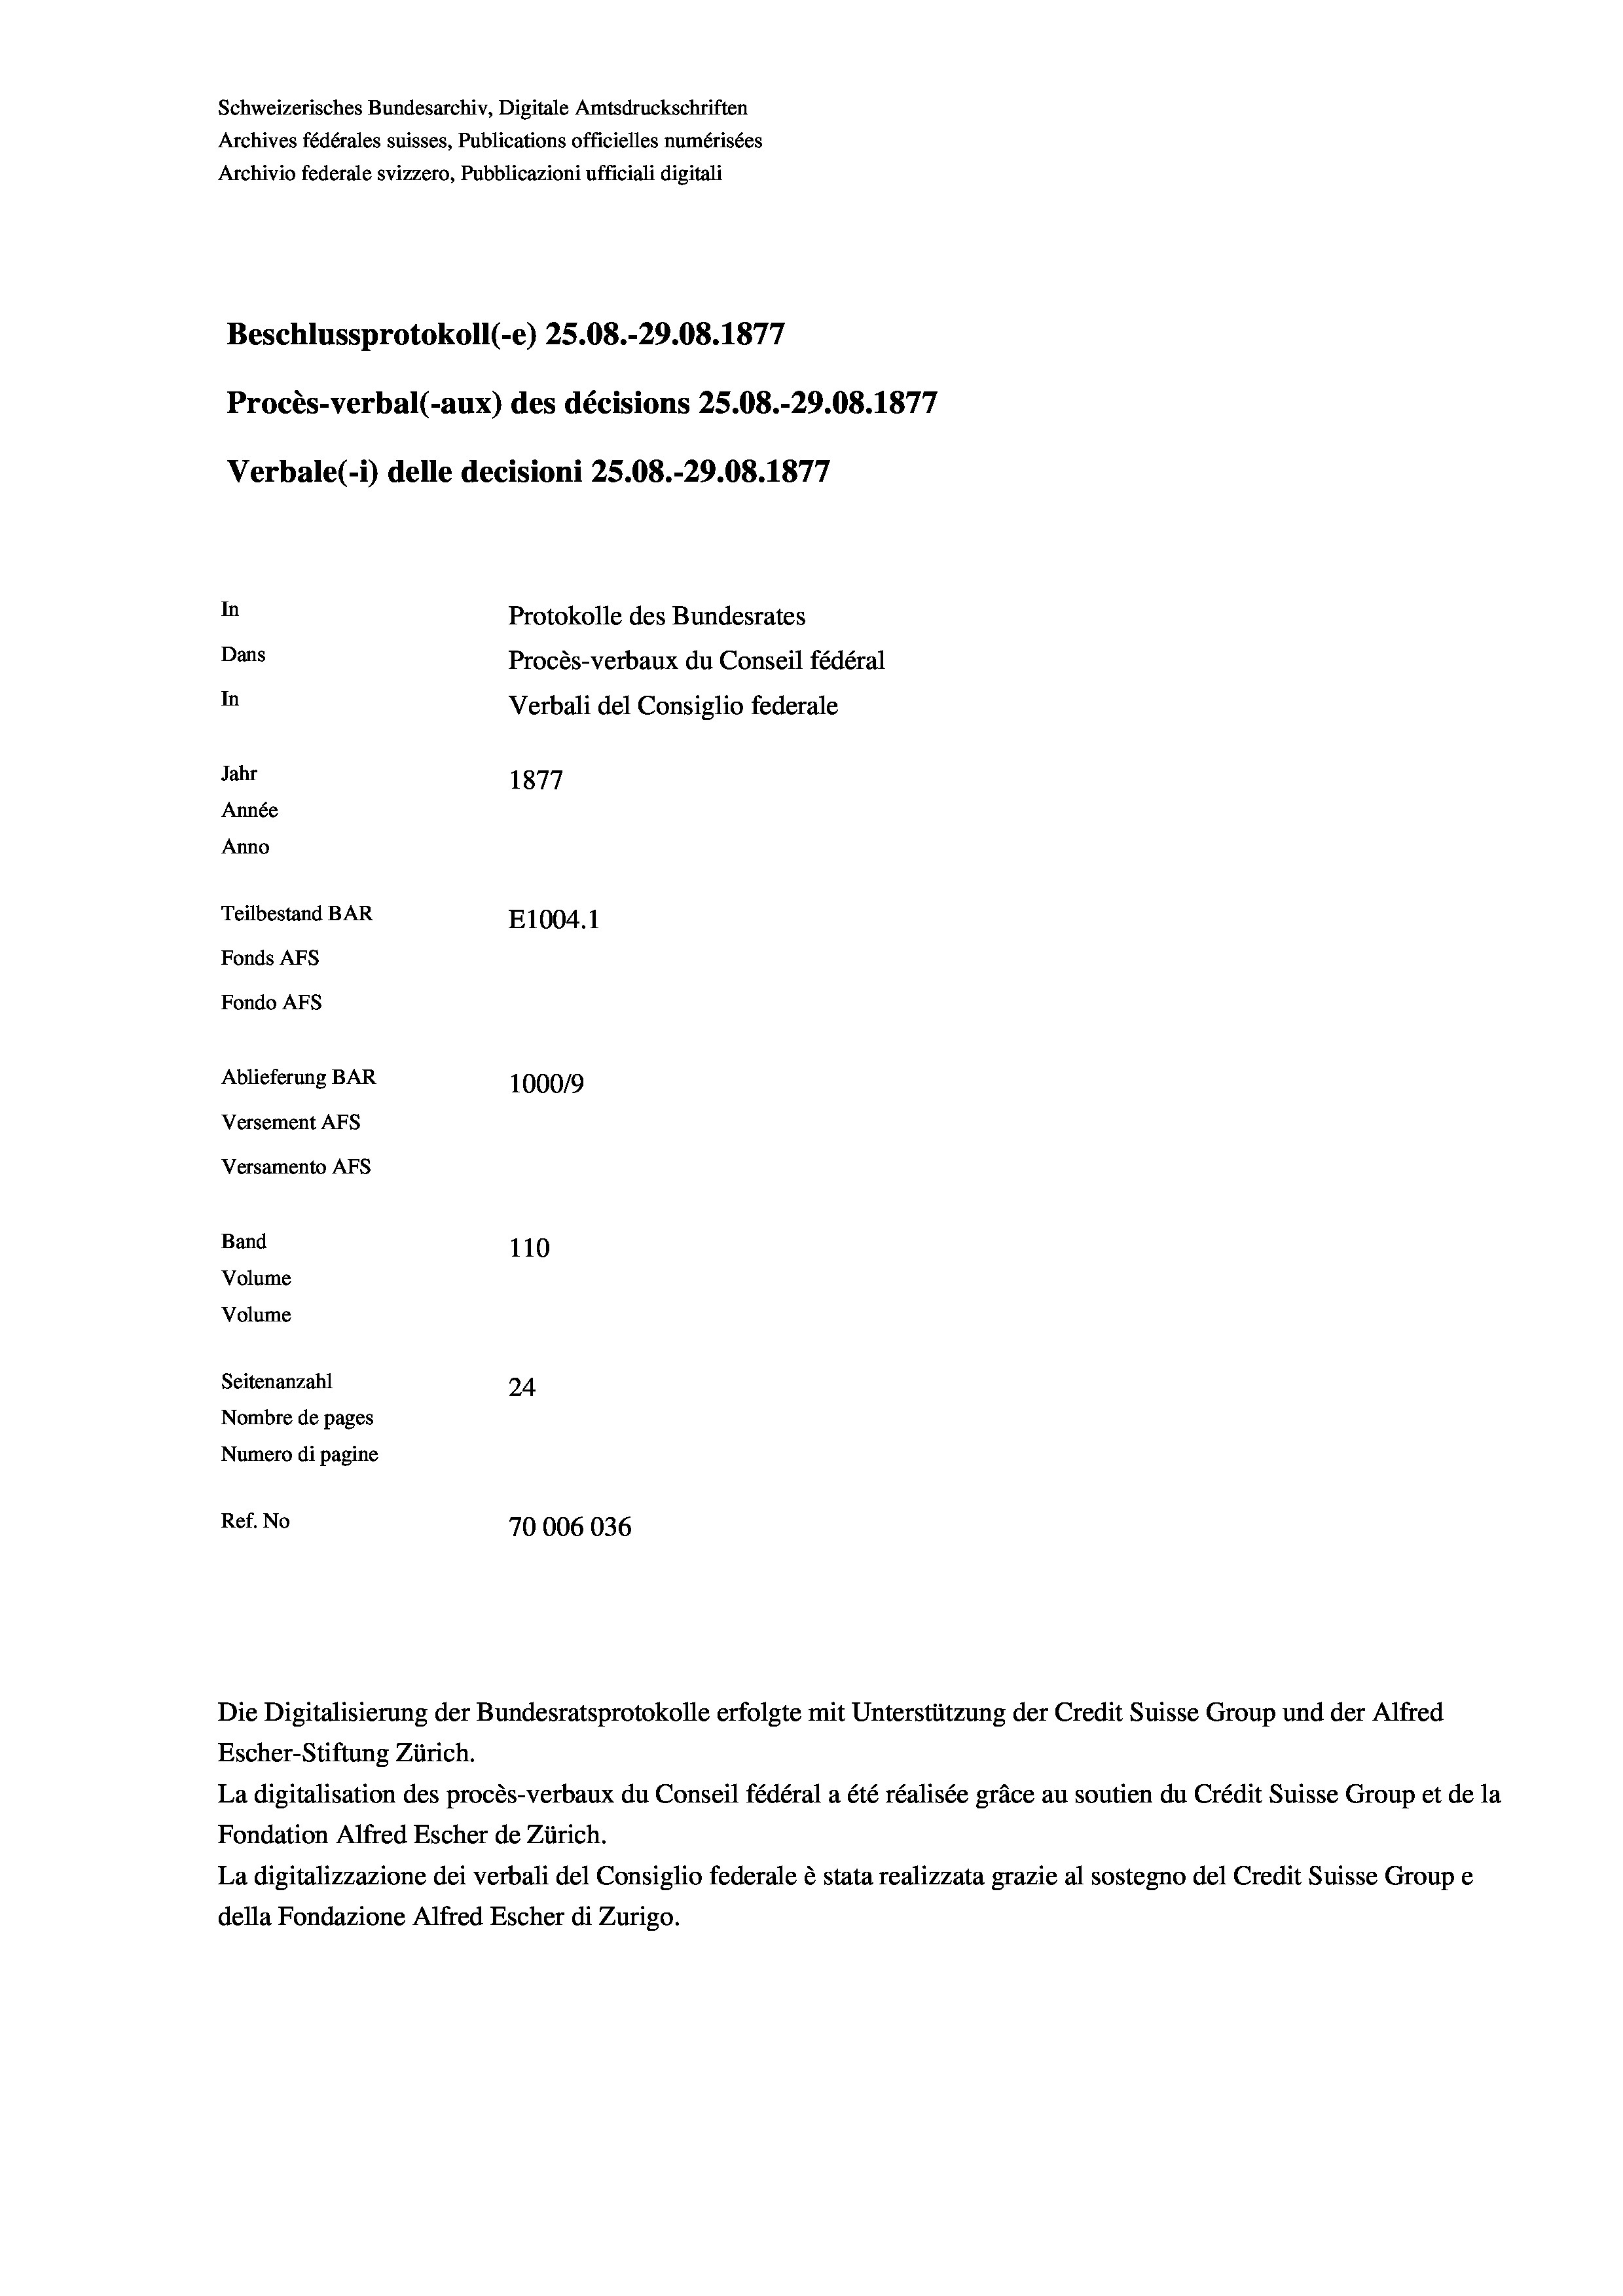
Schweizerisches Bundesarchiv, Digitale Amtsdruckschriften
Archives fédérales suisses, Publications officielles numérisées
Archivio federale svizzero, Pubblicazioni ufficiali digitali
1
Beschlussprotokoll (-e) 25.08.-29.08. 1877
Procès-verbal (-aux) des décisions 25.08.-29.08. 1877
Verbale(-*) delle decisioni 25.08.-29.08. 1877
In
Protokolle des Bundesrates
Dans
Procès-verbaux du Conseil fédéral
In
Verbali del Consiglio federale
Jahr
1877
Année
Anno
Teilbestand BAR
E1004.1
Fonds AFs
Fondo AFS
Ablieferung BAR
100019
Versement AFs
Versamento Afs
Band
110
Volume
Volume
Seitenanzahl
24
Nombre de pages
Numero di pagine
Ref. No
70006036

Escher-Stiftung Zürich.
La digitalisation des procès-verbaux du Conseil fédéral a été réalisée gräce au soutien du Crédit Suisse Group et de la
Fondation Alfred Escher de Zürich.
La digitalizzazione dei verbali del Consiglio federale è stata realizzata grazie al sostegno del Credit Suisse Groupe
della Fondazione Alfred Escher di Zurigo.

Die Digitalisierung der Bundesratsprotokolle erfolgte mit Unterstützung der Credit Suisse Group und der Alfred